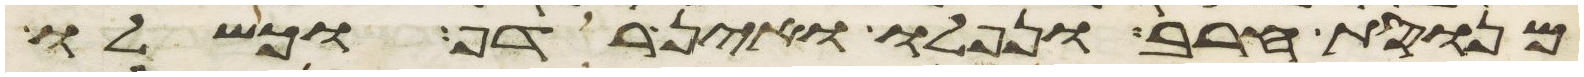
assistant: מנוסת חרב ונפלו ואין רדף וכשלו